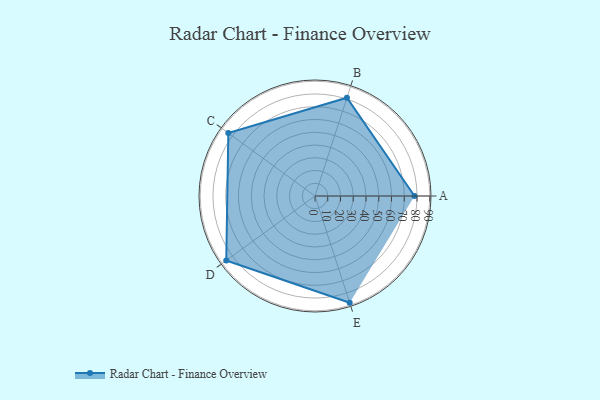
{"axis": {"x": "Skill", "y": "Score"}, "legend": ["Profile"], "data": [{"x": "A", "y": 78.0, "type": "Profile"}, {"x": "B", "y": 81.0, "type": "Profile"}, {"x": "C", "y": 84.0, "type": "Profile"}, {"x": "D", "y": 86.0, "type": "Profile"}, {"x": "E", "y": 88.0, "type": "Profile"}]}